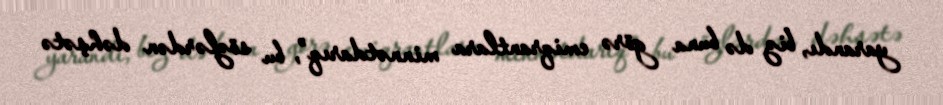
yarandı, biz də buna görə emiqrantlara minnətdarıq”, bu sözlərdən dəhşətə